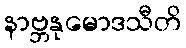
နာဗ္ဘနုမောဒသီတိ